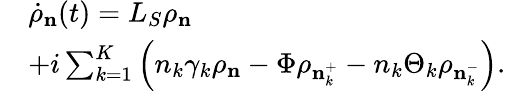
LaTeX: \begin{array}{rl}&{{{\dot{\rho}}_{\mathbf{n}}(t)}={{L}_{S}}{{\rho}_{\mathbf{n}}}}\\ &{+i\sum_{k=1}^{K}{\left({{n}_{k}}{{\gamma}_{k}}{{\rho}_{\mathbf{n}}}-\Phi{{\rho}_{\mathbf{n}_{k}^{+}}}-{{n}_{k}}{{\Theta}_{k}}{{\rho}_{\mathbf{n}_{k}^{-}}}\right)}.}\end{array}